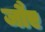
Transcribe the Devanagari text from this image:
जौए